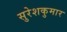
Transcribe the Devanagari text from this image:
सुरेशकुमार